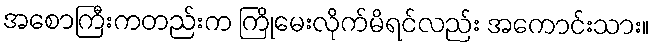
အစောကြီးကတည်းက ကြိုမေးလိုက်မိရင်လည်း အကောင်းသား။